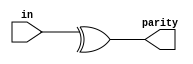
/**
 * Create a circuit that will compute a parity bit for a 8-bit byte (which will add a 9th bit to the byte). We will use "even" parity, where the parity bit is just the XOR of all 8 data bits.
 */

module top_module (
    input [7:0] in,
    output parity); 

    assign parity = ^in;

endmodule